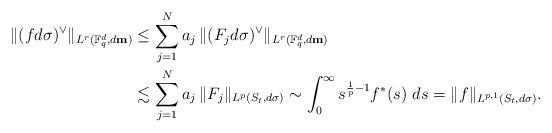
LaTeX: \begin{align*} \|(fd\sigma)^\vee\|_{L^r(\mathbb F_q^d, d{\bf m})}&\le \sum_{j=1}^N a_j \,\|(F_jd\sigma)^\vee\|_{L^r(\mathbb F_q^d, d{\bf m})}\\ &\lesssim \sum_{j=1}^N a_j \,\|F_j\|_{L^p(S_t, d\sigma)} \sim \int_{0}^\infty s^{\frac{1}{p} -1} f^*(s)~ ds =\|f\|_{L^{p,1}(S_t, d\sigma)}.\end{align*}